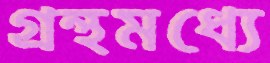
গ্রন্থমধ্যে